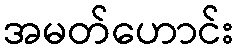
အမတ်ဟောင်း